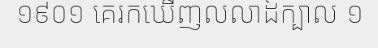
១៩០១ គេរកឃើញលលាដ៍ក្បាល ១